Indian journal of veterinary science and animal husbandry - Volumes 18-21, 1948-1951
Year: 1948
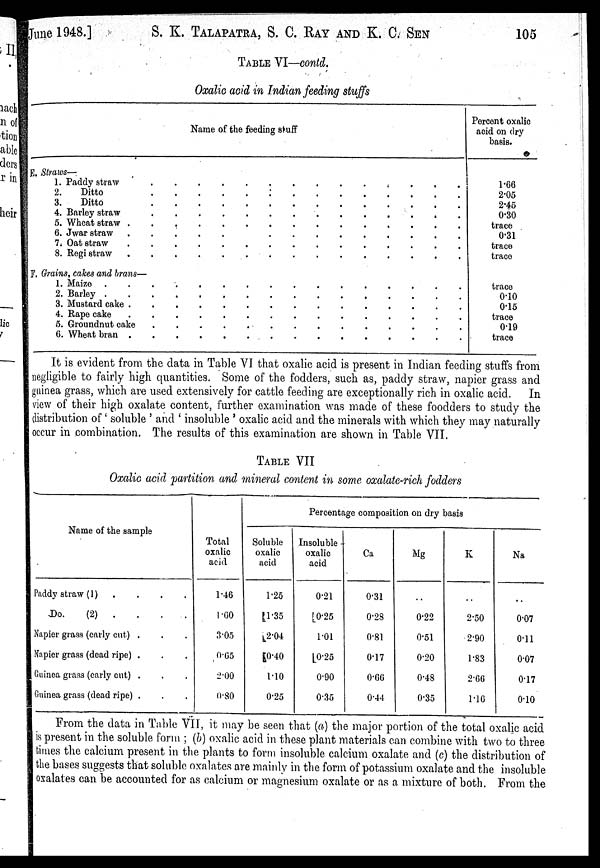
June 1948.]
S. K. TALAPATRA, S. C. RAY AND K. C. SEN 105
TABLE VI—contd.
Oxalic acid in Indian feeding stuffs
Name of the feeding stuff
E. Straws—
1. Paddy straw . . . . . . . . . . . . . .
2. Ditto . . . . . . . . . . . . . .
3. Ditto . . . . . . . . . . . . . .
4. Barley straw . . . . . . . . . . . . . .
5. Wheat straw . . . . . . . . . . . . . .
6. Jwar straw . . . . . . . . . . . . . .
7. Oat straw . . . . . . . . . . . . . .
8. Regi straw . . . . . . . . . . . . . .
F. Grains, cakes and brans—
1. Maize . . . . . . . . . . . . . .
2. Barley . . . . . . . . . . . . . .
3. Mustard cake . . . . . . . . . . . . . .
4. Rape cake . . . . . . . . . . . . . .
5. Groundnut cake . . . . . . . . . . . . . .
6. Wheat bran . . . . . . . . . . . . . . .
Percent oxalic
acid on dry
basis.
1.66
2.05
2.45
0.30
trace
0.31
trace
trace
trace
0.10
0.15
trace
0.19
trace
It is evident from the data in Table VI that oxalic acid is present in Indian feeding stuffs from
negligible to fairly high quantities. Some of the fodders, such as, paddy straw, napier grass and
guinea grass, which are used extensively for cattle feeding are exceptionally rich in oxalic acid. In
view of their high oxalate content, further examination was made of these foodders to study the
distribution of 'soluble' and ' insoluble ' oxalic acid and the minerals with which they may naturally
occur in combination. The results of this examination are shown in Table VII.
TABLE VII
Oxalic acid partition and mineral content in some oxalate-rich fodders
Name of the sample
Paddy straw (1) . . . .
Do.
(2) . . . .
Napier grass (early cut) . . .
Napier grass (dead ripe) . . .
Guinea grass (early cut) . . .
Guinea grass (dead ripe) . . .
Percentage composition on dry basis
Total
oxalic
acid
1.46
1.00
3.05
0.65
2.00
0.80
Soluble
oxalic
acid
1.25
1.35
2.04
0.40
1.10
0.25
Insoluble
oxalic
acid
0.21
0.25
1.01
0.25
0.90
0.35
Ca
0.31
0.28
0.81
0.17
0.66
0.44
Mg
..
0.22
0.51
0.20
0.48
0.35
K
..
2.50
2.90
1.83
2.66
1.16
Na
..
0.07
0.11
0.07
0.17
0.10
From the data in Table VII, it may be seen that (a) the major portion of the total oxalic acid
is present in the soluble form; (b) oxalic acid in these plant materials can combine with two to three
times the calcium present in the plants to form insoluble calcium oxalate and (c) the distribution of
the bases suggests that soluble oxalates are mainly in the form of potassium oxalate and the insoluble
oxalates can be accounted for as calcium or magnesium oxalate or as a mixture of both. From the